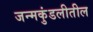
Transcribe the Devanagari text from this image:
जन्मकुंडलीतील